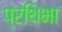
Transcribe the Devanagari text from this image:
प्रथिभा